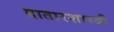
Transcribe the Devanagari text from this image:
दातारशास्त्री